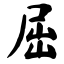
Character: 屈